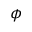
\phi